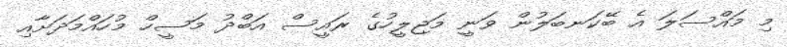
މި މައްސަލަ އެ ބޭކަނބަލުން ވަނީ މަޖިލީހުގެ ރައީސް އަބްދު މަސީހް މުހައްމަދަށާއި